system: You are a helpful assistant.
user:
Analyze the provided spectrum to determine if it is a **S-type Star**.

- **Key Indicators for S-type Star:**

    - **(Overall Spectrum Shape):** The first and most obvious characteristic is the overall continuum (the "baseline" shape). It is **extremely "red-sloping,"** meaning the flux (light intensity) is very low on the left side (blue, ~4000-4500 Å) and rises steeply and continuously toward the right side (red, ~7000 Å+).

    - **(Primary):** The spectrum is defined by the presence of strong, broad molecular absorption "valleys" (bands) from **Zirconium Oxide (ZrO)**. The identification of these bands is the **primary requirement** for classifying a star as S-type.
        - **(Key Bandheads):** You must find distinct, deep "dips" where the light has been absorbed. The most critical band systems to locate are:
            - **~6474 Å** ($\gamma$-system): This is often the strongest and clearest ZrO feature, found in the red part of the spectrum.
            - **~5718 Å** & **~5551 Å** ($\beta$-system): A pair of prominent absorption features in the yellow-orange part of the spectrum.
            - **~4640 Å** ($\alpha$-system): A key absorption band system in the blue-green region of the spectrum.

    - **(Secondary Confirmation):** The classification is strengthened by finding additional absorption bands from other related heavy element oxides, which are expected to be present alongside ZrO.
        - **(Key Bandheads):**
            - **Yttrium Oxide (YO):** Look for absorption dips near **~4800 Å** and **~6100 Å**.
            - **Lanthanum Oxide (LaO):** Additional absorption features, particularly in the red-orange part of the spectrum, are also characteristic.

    - **(Line Profile):** The combination of the steep red continuum and these numerous, deep molecular bands (ZrO, YO, etc.) gives the entire spectrum a very **"chopped-up"** or **"bumpy"** appearance. Instead of a smooth curve, the spectrum looks as though large, wide chunks of light have been "carved out" of it at the specific wavelengths listed above.

Think first, call **spectral_visualization_tool** if needed to examine features in detail, then provide your final answer. Your response must adhere to the following strict rules:
1.  **Overall Structure:** Your response must follow the format `<think>...</think> <tool_call>...</tool_call> (if a tool is used) <answer>...</answer>`.
2.  **Tool Usage Constraint:** You may only make **one** tool call per turn.
3.  **Final Answer Format:** In the `<answer>` tag, your conclusion must be inside a `\boxed{}` command (e.g., `\boxed{YES}` or `\boxed{NO}`), followed by your justification.

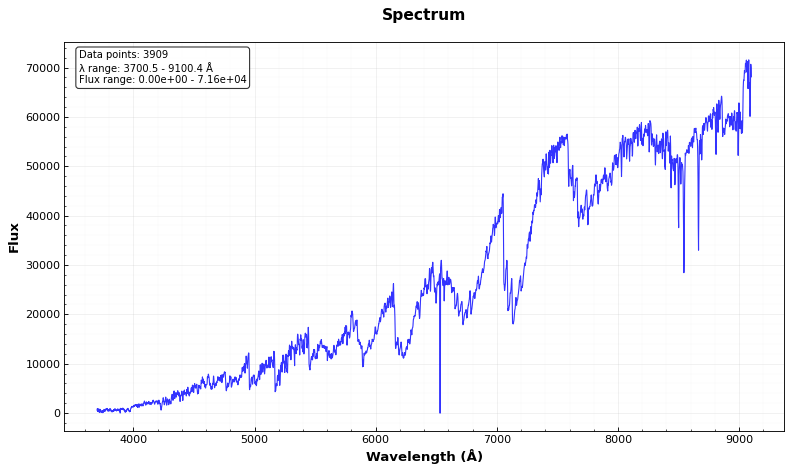
Answer: YES